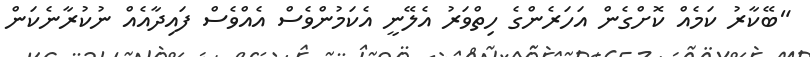
"ބޭކާރު ކަމެއް ކޮށްގެން އަހަރެންގެ ހިތްވަރު އެލޭނީ އެކަމުންވެސް އެއްވެސް ފައިދާއެއް ނުކުރާނެކަން